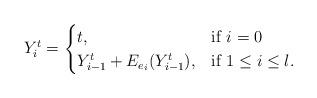
LaTeX: \begin{align*}Y_i^{t} = \begin{cases} t, & \mbox{if } i = 0 \\ Y_{i-1}^{t} + E_{e_i}(Y_{i-1}^{t}), & \mbox{if } 1 \leq i \leq l.\end{cases}\end{align*}